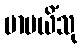
မာပယိံသု